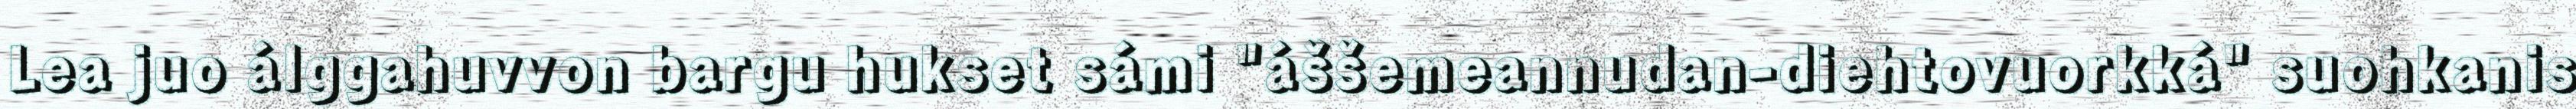
Lea juo álggahuvvon bargu hukset sámi "áššemeannudan-diehtovuorkká" suohkanis